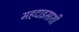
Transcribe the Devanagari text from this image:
महदाइसाशी